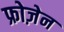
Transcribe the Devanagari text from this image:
फ्रोज़ेन